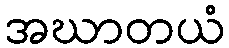
အဃာတယံ